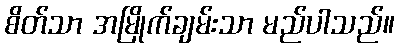
စိတ်သာ အမြိုက်ချမ်းသာ မည်ပါသည်။